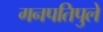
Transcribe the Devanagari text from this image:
गनपतिपुले